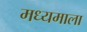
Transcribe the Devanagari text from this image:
मध्यमाला